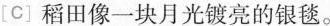
[C]稻田像一块月光镀亮的银毯。